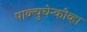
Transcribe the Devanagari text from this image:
पाव्ल्युचेन्कोव्हा